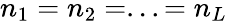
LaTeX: n_{1}=n_{2}=...=n_{L}